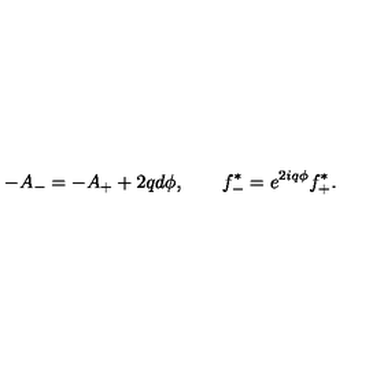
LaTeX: - A _ { - } = - A _ { + } + 2 q d \phi , \qquad f _ { - } ^ { * } = e ^ { 2 i q \phi } f _ { + } ^ { * } .